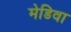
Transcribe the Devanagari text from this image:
मेडिवा